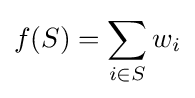
f(S)=\sum _{i\in S}w_{i}